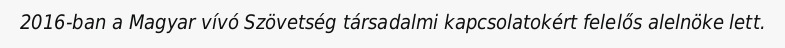
2016-ban a Magyar vívó Szövetség társadalmi kapcsolatokért felelős alelnöke lett.